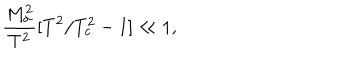
LaTeX: \frac { M _ { \sigma } ^ { 2 } } { T ^ { 2 } } [ T ^ { 2 } / T _ { c } ^ { 2 } - 1 ] \ll 1 ,